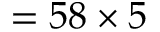
= 5 8 \times 5